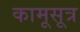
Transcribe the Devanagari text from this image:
कामूसूत्र